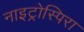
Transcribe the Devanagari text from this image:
नाइट्रोस्पिरा